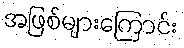
အဖြစ်များကြောင်း